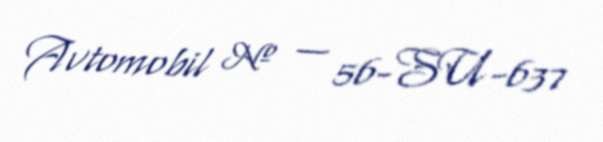
Avtomobil № — 56-SU-637